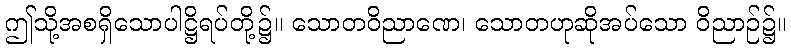
ဤသို့အစရှိသောပါဋ္ဌိရပ်တို့၌။ သောတဝိညာဏေ၊ သောတဟုဆိုအပ်သော ဝိညာဉ်၌။